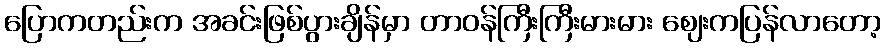
ပြောကတည်းက အခင်းဖြစ်ပွားချိန်မှာ တာဝန်ကြီးကြီးမားမား ဈေးကပြန်လာတော့